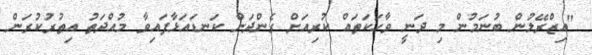
"އިޒްރޭލުން ބުނަމުން މި ދަނީ ވާހަކަތައް ކުރިއަށް ގެންދަން ކަނޑައަޅާފައިވާ މުއްދަތު އިތުރުކުރަން